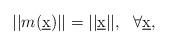
LaTeX: \begin{align*}||m(\underbar{x})|| = ||\underbar{x}||,\ \ \forall \underbar{x},\end{align*}